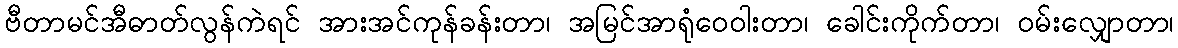
ဗီတာမင်အီဓာတ်လွန်ကဲရင် အားအင်ကုန်ခန်းတာ၊ အမြင်အာရုံဝေဝါးတာ၊ ခေါင်းကိုက်တာ၊ ဝမ်းလျှောတာ၊